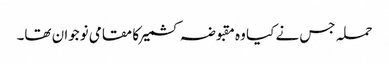
حملہ جس نے کیا وہ مقبوضہ کشمیر کا مقامی نوجوان تھا۔